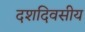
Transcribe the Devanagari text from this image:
दशदिवसीय